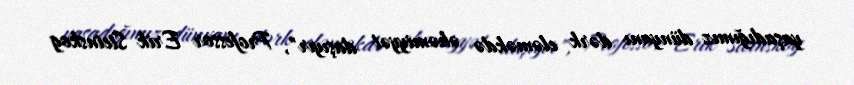
yaşadığımız dünyanı dərk eləməkdə əhəmiyyət daşıyır", Professor Erik Steinskog